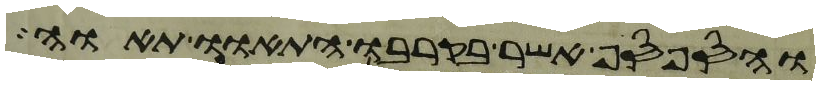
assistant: והספסף אשר בקרבו התאוו תאוה